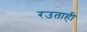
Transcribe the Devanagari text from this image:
रउताही